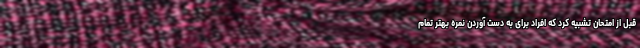
قبل از امتحان تشبیه کرد که افراد برای به دست آوردن نمره بهتر تمام